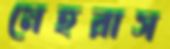
মেহরাস